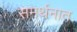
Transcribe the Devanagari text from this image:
समर्थनात